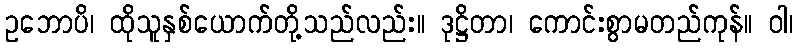
ဥဘောပိ၊ ထိုသူနှစ်ယောက်တို့သည်လည်း။ ဒုဋ္ဌိတာ၊ ကောင်းစွာမတည်ကုန်။ ဝါ၊